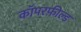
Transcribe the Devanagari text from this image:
कॉपरफ़ील्ड